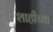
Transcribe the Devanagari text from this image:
शाहीच्या